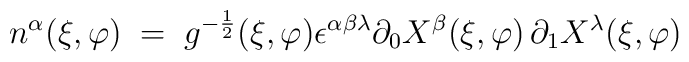
n^\alpha (\xi,\varphi) \;=\;g^{-\frac{1}{2}}(\xi,\varphi)  \epsilon^{\alpha\beta\lambda}\partial_0 X^\beta(\xi,\varphi) \,  \partial_1 X^\lambda(\xi,\varphi)